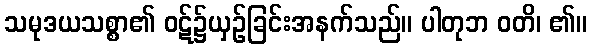
သမုဒယသစ္စာ၏ ဝဋ်၌ယှဉ်ခြင်းအနက်သည်။ ပါတုဘ ဝတိ၊ ၏။